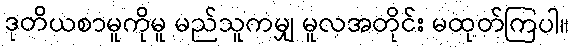
ဒုတိယစာမူကိုမူ မည်သူကမျှ မူလအတိုင်း မထုတ်ကြပါ။